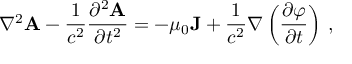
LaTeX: \nabla ^ { 2 } \mathbf { A } - { \frac { 1 } { c ^ { 2 } } } { \frac { \partial ^ { 2 } \mathbf { A } } { \partial t ^ { 2 } } } = - \mu _ { 0 } \mathbf { J } + { \frac { 1 } { c ^ { 2 } } } \nabla \left( { \frac { \partial \varphi } { \partial t } } \right) \, ,